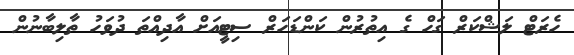
ހެރަޓް ލަޝްކަރް ގަހް ގެ އިތުރުން ކަންޑަހަރް ސިޓީއަށް އާދިއްތަ ދުވަހު ތާލިބާނުން